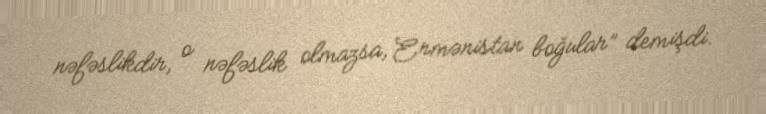
nəfəslikdir, o nəfəslik olmazsa, Ermənistan boğular” demişdi.